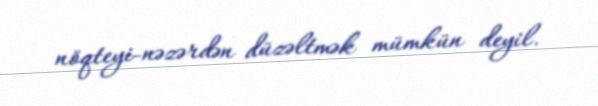
nöqteyi-nəzərdən düzəltmək mümkün deyil.